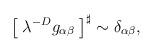
LaTeX: \begin{align*}\left[\;\lambda ^{-D} g_{\alpha \beta }\;\right]^\sharp\sim \delta_{\alpha \beta },\end{align*}